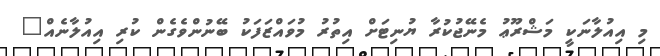
މި އިއުލާނަކީ މަޝްރޫޢު މެނޭޖުކުރާ ޔުނިޓަށް އިތުރު މުވައްޒަފަކު ބޭނުންވެގެން ކުރި އިއުލާނެއް"